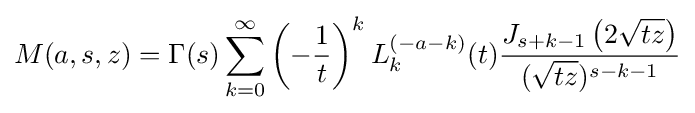
M(a,s,z)=\Gamma (s)\sum _{k=0}^{\infty }\left(-{\frac {1}{t}}\right)^{k}L_{k}^{(-a-k)}(t){\frac {J_{s+k-1}\left(2{\sqrt {tz}}\right)}{({\sqrt {tz}})^{s-k-1}}}